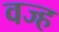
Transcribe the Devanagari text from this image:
वज्ह